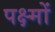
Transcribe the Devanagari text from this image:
पक्ष्मों